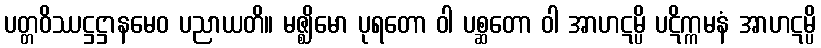
ပတ္တဝိဿဋ္ဌဋ္ဌာနမေဝ ပညာယတိ။ မဇ္ဈိမော ပုရတော ဝါ ပစ္ဆတော ဝါ အာဟဋမ္ပိ ပဋိက္ကမနံ အာဟဋမ္ပိ